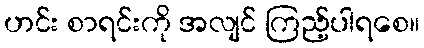
ဟင်း စာရင်းကို အလျင် ကြည့်ပါရစေ။